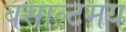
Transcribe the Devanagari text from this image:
बसाल्टमय